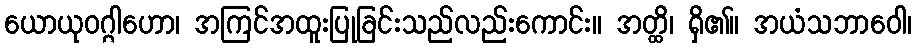
ယောယုဝဂ္ဂါဟော၊ အကြင်အထူးပြုခြင်းသည်လည်းကောင်း။ အတ္ထိ၊ ရှိ၏။ အယံသဘာဝေါ၊